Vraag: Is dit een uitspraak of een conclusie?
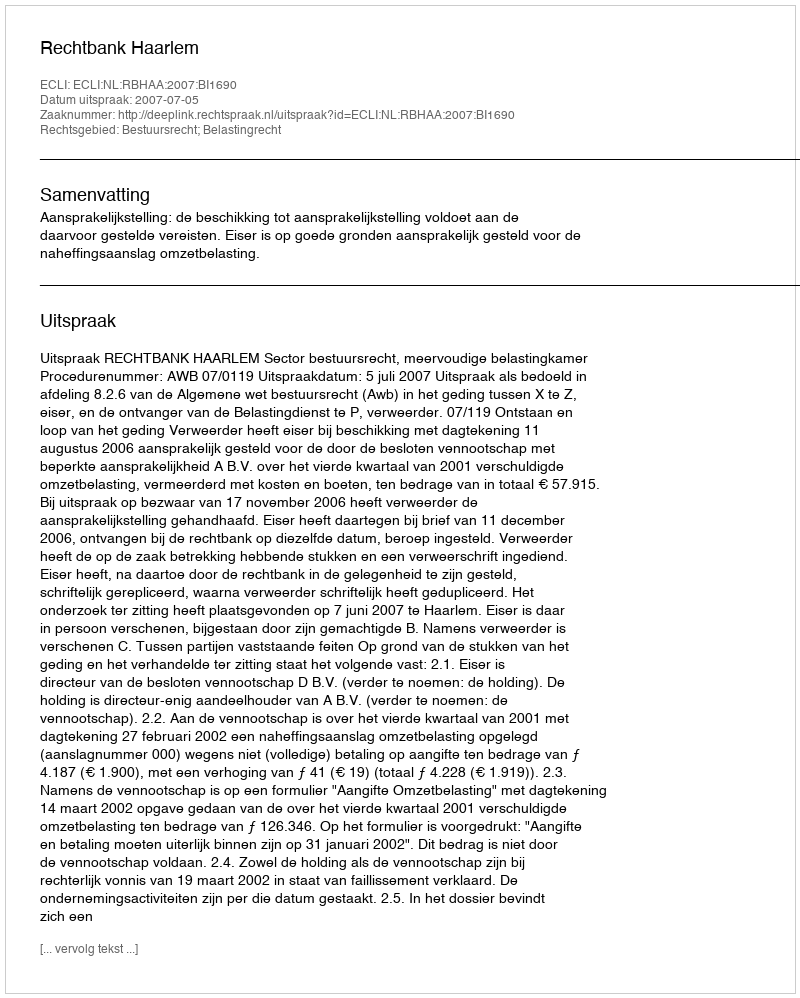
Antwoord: Uitspraak